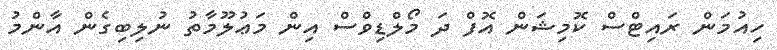
ހިއުމަން ރައިޓްސް ކޮމިޝަން އޮފް ދަ މޯލްޑިވްސް އިން މަޢުލޫމާތު ނުލިބިގެން އާންމު